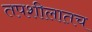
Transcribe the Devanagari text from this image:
तपशीलातच